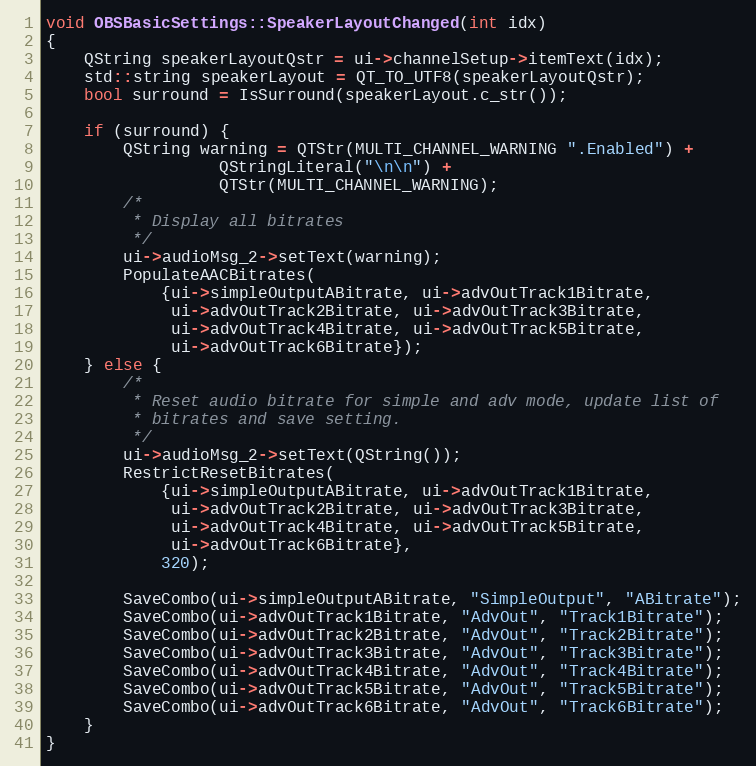
Language: C++
void OBSBasicSettings::SpeakerLayoutChanged(int idx)
{
	QString speakerLayoutQstr = ui->channelSetup->itemText(idx);
	std::string speakerLayout = QT_TO_UTF8(speakerLayoutQstr);
	bool surround = IsSurround(speakerLayout.c_str());

	if (surround) {
		QString warning = QTStr(MULTI_CHANNEL_WARNING ".Enabled") +
				  QStringLiteral("\n\n") +
				  QTStr(MULTI_CHANNEL_WARNING);
		/*
		 * Display all bitrates
		 */
		ui->audioMsg_2->setText(warning);
		PopulateAACBitrates(
			{ui->simpleOutputABitrate, ui->advOutTrack1Bitrate,
			 ui->advOutTrack2Bitrate, ui->advOutTrack3Bitrate,
			 ui->advOutTrack4Bitrate, ui->advOutTrack5Bitrate,
			 ui->advOutTrack6Bitrate});
	} else {
		/*
		 * Reset audio bitrate for simple and adv mode, update list of
		 * bitrates and save setting.
		 */
		ui->audioMsg_2->setText(QString());
		RestrictResetBitrates(
			{ui->simpleOutputABitrate, ui->advOutTrack1Bitrate,
			 ui->advOutTrack2Bitrate, ui->advOutTrack3Bitrate,
			 ui->advOutTrack4Bitrate, ui->advOutTrack5Bitrate,
			 ui->advOutTrack6Bitrate},
			320);

		SaveCombo(ui->simpleOutputABitrate, "SimpleOutput", "ABitrate");
		SaveCombo(ui->advOutTrack1Bitrate, "AdvOut", "Track1Bitrate");
		SaveCombo(ui->advOutTrack2Bitrate, "AdvOut", "Track2Bitrate");
		SaveCombo(ui->advOutTrack3Bitrate, "AdvOut", "Track3Bitrate");
		SaveCombo(ui->advOutTrack4Bitrate, "AdvOut", "Track4Bitrate");
		SaveCombo(ui->advOutTrack5Bitrate, "AdvOut", "Track5Bitrate");
		SaveCombo(ui->advOutTrack6Bitrate, "AdvOut", "Track6Bitrate");
	}
}